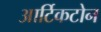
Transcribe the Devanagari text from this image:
आर्टिकटोन